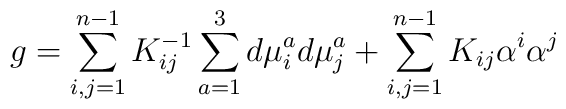
g =\sum_{i,j = 1}^{n-1} K_{ij}^{-1} \sum_{a=1}^3 d\mu_i^a d\mu_j^a +\sum_{i,j=1}^{n-1}  K_{ij} \alpha^i \alpha^j